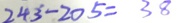
2 4 3 - 2 0 5 = 3 8